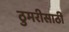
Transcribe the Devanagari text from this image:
ठुमरीसाठी